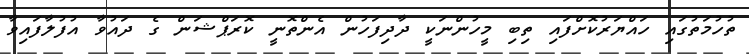
ތުހުމަތުގައި ހައްޔަރުކޮށްފައި ތިބި މީހުންނަކީ ދާދިފަހުން އެންތޮނީ ކޮރަޕްޝަން ގެ ދައުވާ އުފުލާފައިވާ